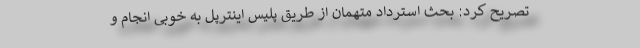
تصریح کرد: بحث استرداد متهمان از طریق پلیس اینترپل به خوبی انجام و